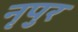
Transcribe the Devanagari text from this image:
नृपुर